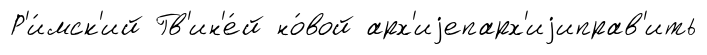
Р'и́мск'ий Гв'ин'е́й но́вой арх'иjепарх'иjиправ'ить